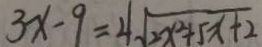
3 x - 9 = 4 \sqrt { 2 x ^ { 2 } + 5 x + 2 }